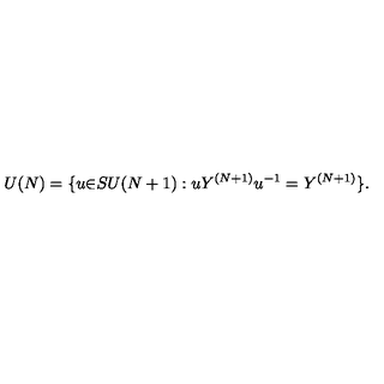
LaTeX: U ( N ) = \{ u { \in } S U ( N + 1 ) : u Y ^ { ( N + 1 ) } u ^ { - 1 } = Y ^ { ( N + 1 ) } \} .